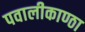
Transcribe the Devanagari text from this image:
पवालीकाण्ठा